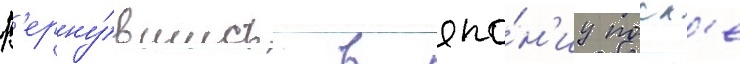
В'ерну́вшись в япо́н'иу посл'е